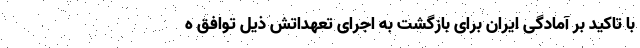
با تاکید بر آمادگی ایران برای بازگشت به اجرای تعهداتش ذیل توافق ه